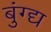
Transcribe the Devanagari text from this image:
बुंग्द्य